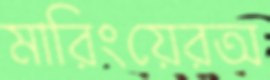
মারিংয়েরঅ